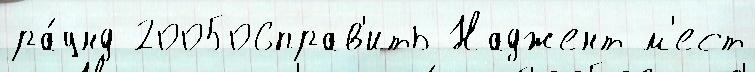
ра́унд 200506прав'ить Наджент м'ест